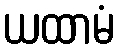
ယထာမံ